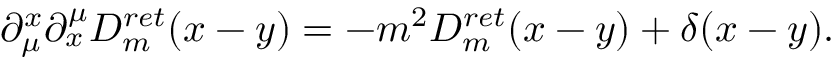
\partial _ { \mu } ^ { x } \partial _ { x } ^ { \mu } D _ { m } ^ { r e t } ( x - y ) = - m ^ { 2 } D _ { m } ^ { r e t } ( x - y ) + \delta ( x - y ) .